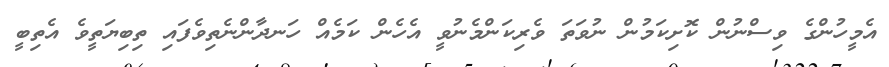
އެމީހުންގެ ވިސްނުން ކޮށިކަމުން ނުވަތަ ވެރިކަންމެނުވީ އެހެން ކަމެއް ހަނދާންނެތިވެފައި ތިބިޔަތީވެ އެތިބީ